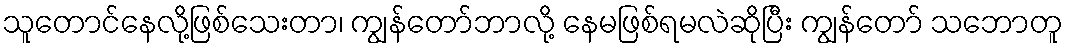
သူတောင်နေလို့ဖြစ်သေးတာ၊ ကျွန်တော်ဘာလို့ နေမဖြစ်ရမလဲဆိုပြီး ကျွန်တော် သဘောတူ